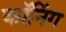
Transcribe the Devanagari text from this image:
कॉनिंग